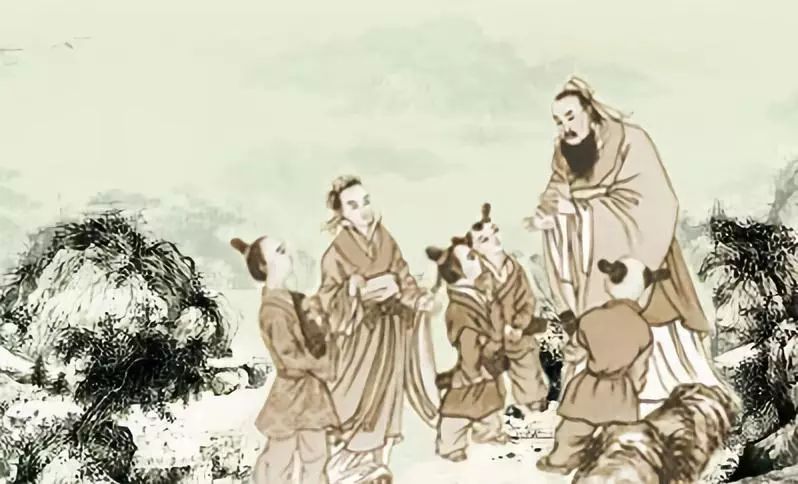
得天下英才而教育之。